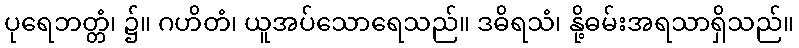
ပုရေဘတ္တံ၊ ၌။ ဂဟိတံ၊ ယူအပ်သောရေသည်။ ဒဓိရသံ၊ နို့ဓမ်းအရသာရှိသည်။